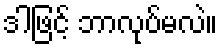
ဒါဖြင့် ဘာလုပ်မလဲ။